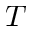
T